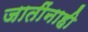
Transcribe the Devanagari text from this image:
जातींनाही